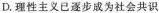
D.理性主义已逐步成为社会共识